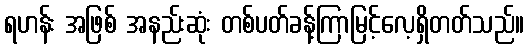
ရဟန်း အဖြစ် အနည်းဆုံး တစ်ပတ်ခန့်ကြာမြင့်လေ့ရှိတတ်သည်။